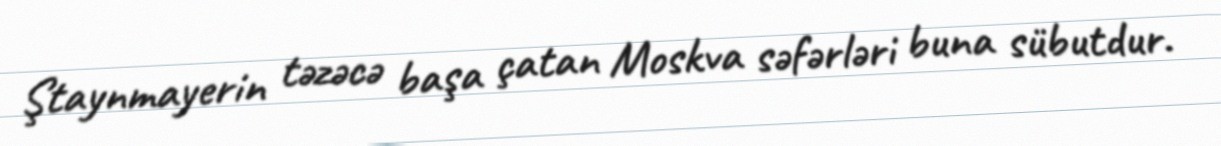
Ştaynmayerin təzəcə başa çatan Moskva səfərləri buna sübutdur.